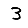
Digit: 3